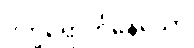
ဒုက္ခရောက်နေသော